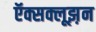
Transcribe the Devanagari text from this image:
ऍक्सक्लूझ़न